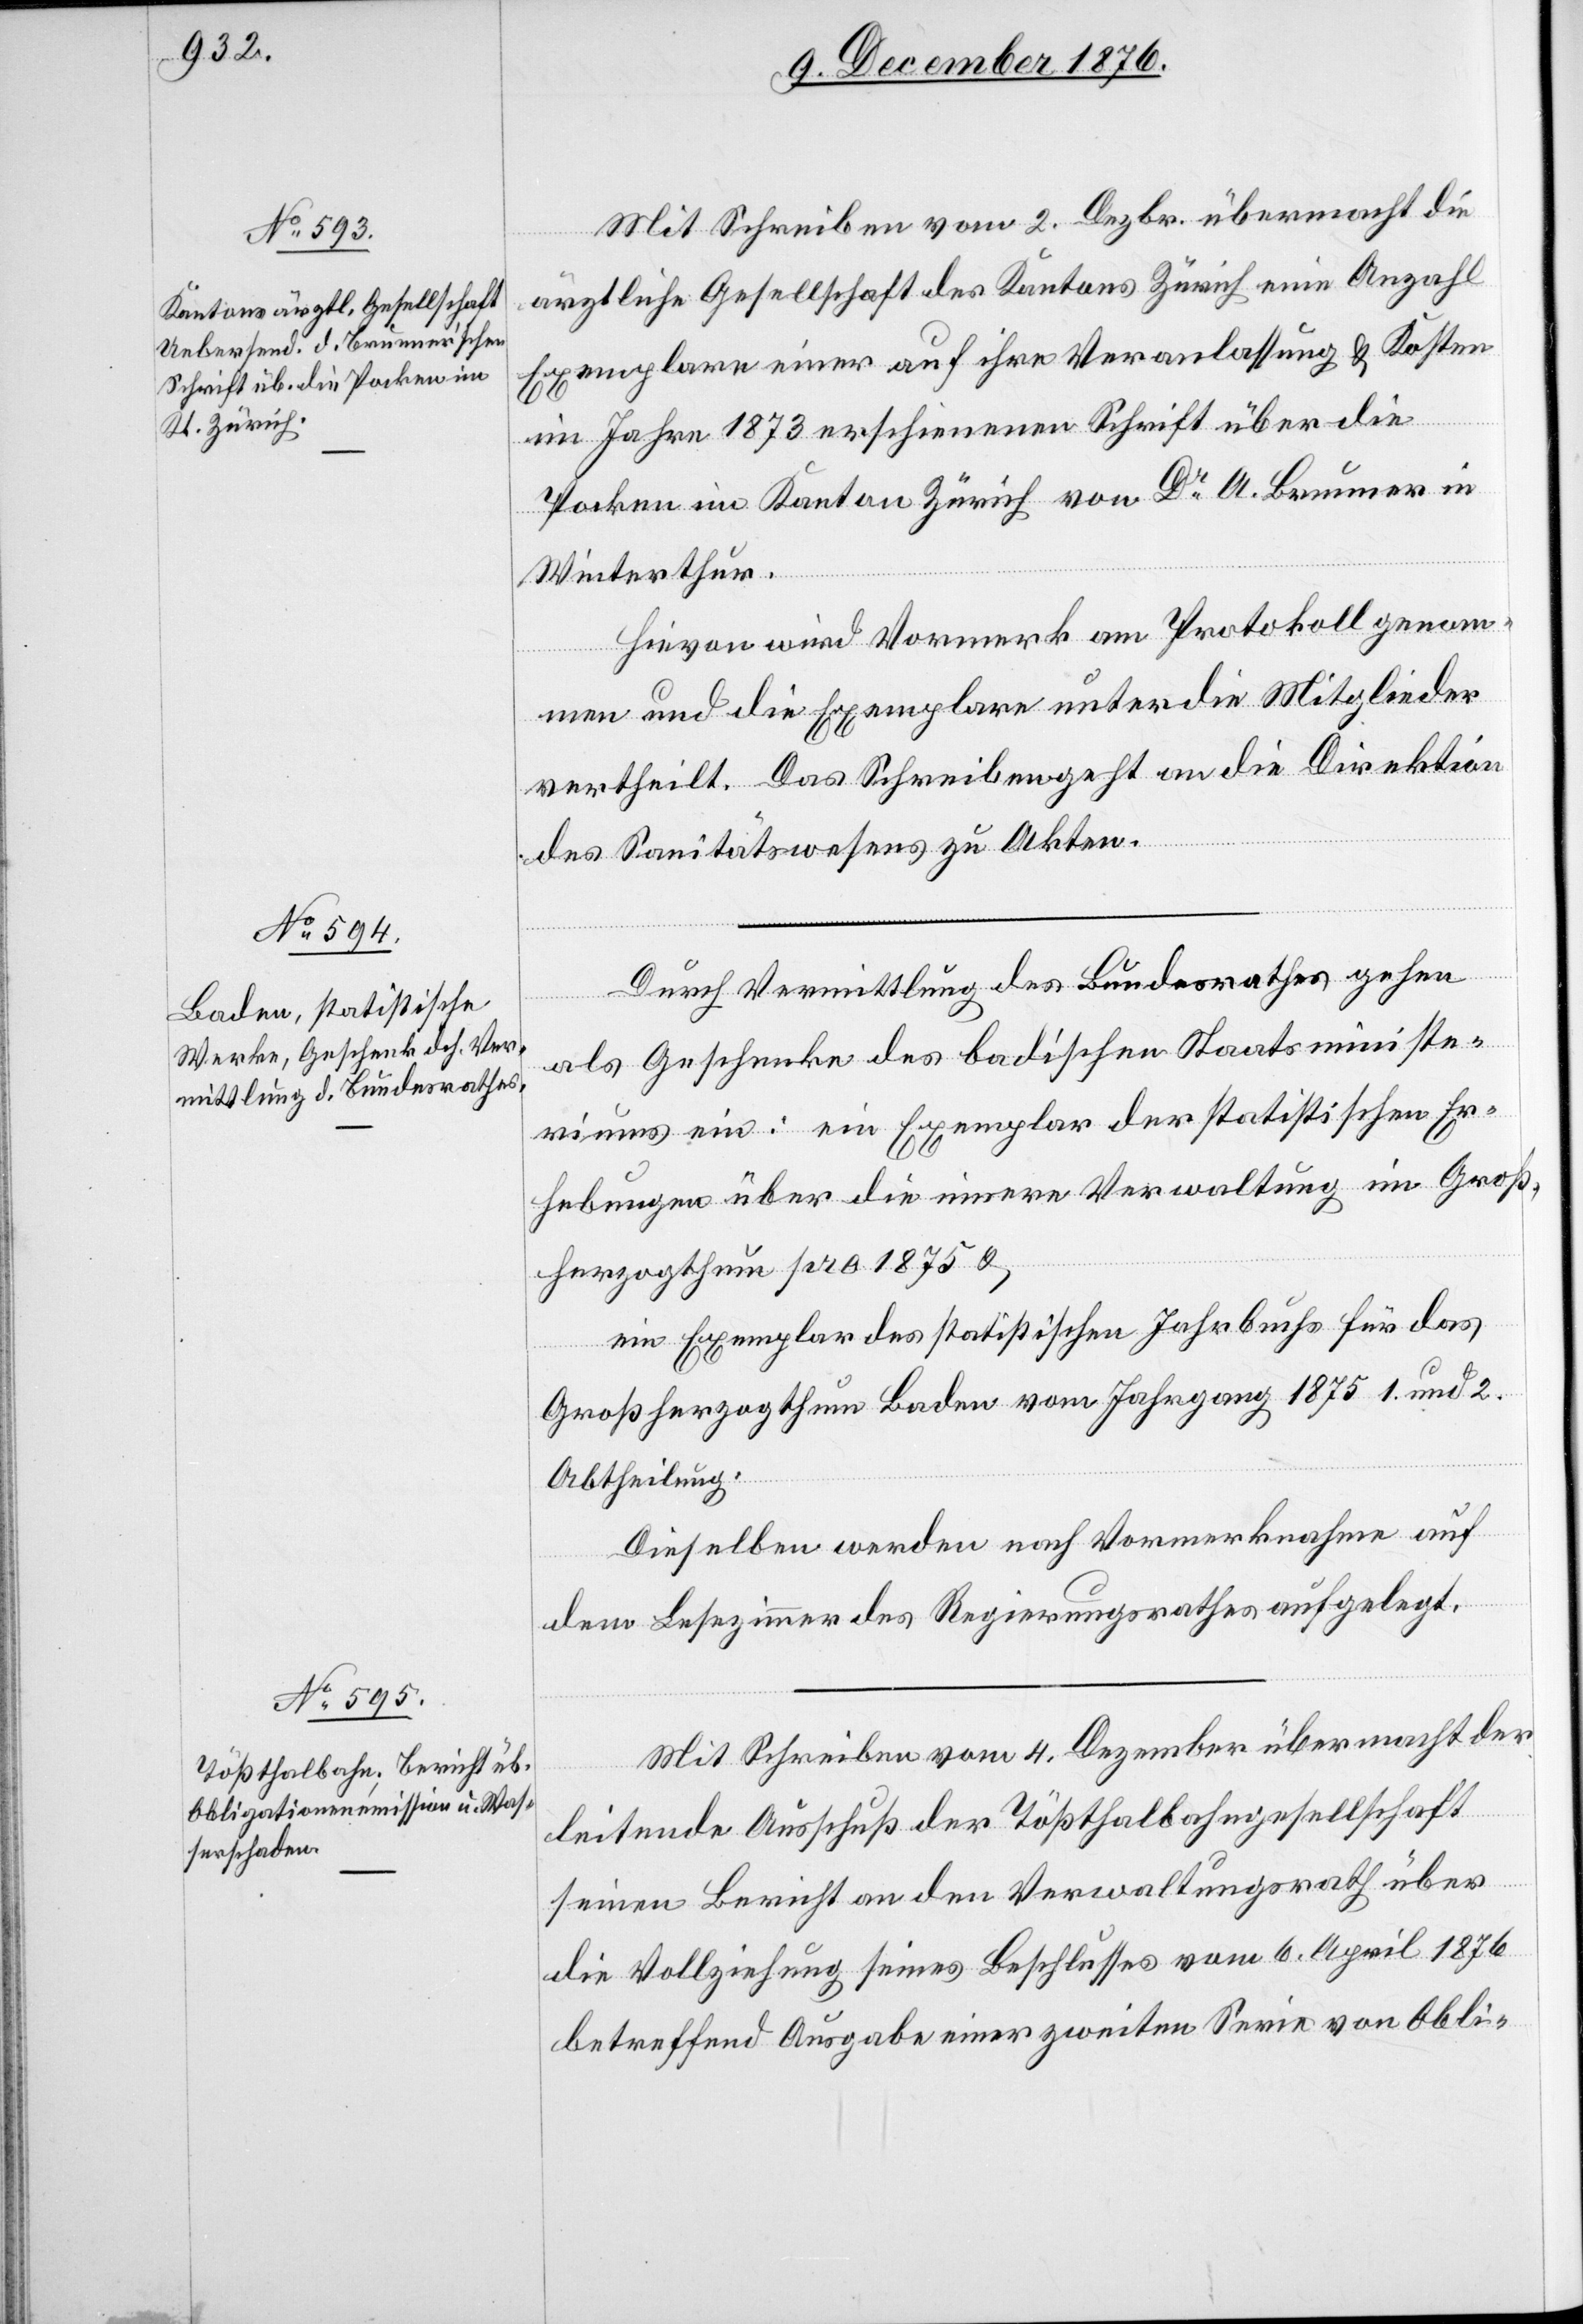
Mit Schreiben vom 2. Dezbr. übermacht die
ärztliche Gesellschaft des Kantons Zürich eine Anzahl
Exemplare einer auf ihre Veranlassung & Kosten
[recte:
im Jahre 1873 erschienenen Schrift über die
Pocken im Kanton Zürich von Dr A. Brunner in
Winterthur.
Hievon wird Vormerk am Protokoll genom¬
men und die Exemplare unter die Mitglieder
vertheilt. Das Schreiben geht an die Direktion
des Sanitätswesens zu [den] Akten.
Durch Vermittlung des Bundesrathes gehen
als Geschenke des badischen Staatsministe¬
riums ein: ein Exemplar der statistischen Er¬
hebungen über die innere Verwaltung im Groß¬
herzogthum pro 1875 &
ein Exemplar des statistischen Jahrbuchs für das
Großherzogthum Baden vom Jahrgang 1875 1. und 2.
dem
Abtheilung.
Dieselben werden nach Vormerknahme auf
im] Lesezimmer des Regierungsrathes aufgelegt.
Mit Schreiben vom 4. Dezember übermacht der
leitende Ausschuß der Tößthalbahngesellschaft
seinen Bericht an den Verwaltungsrath über
die Vollziehung seines Beschlusses vom 6. April 1876
betreffend Ausgabe einer zweiten Serie von Obli-